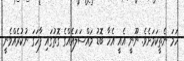
ހަމަ ނެތީކަމަށެވެ. ނޫނީ އެއީ އެހާ ބޮޑު މައްސަލައެއްގެ ގޮތުގައި ފާހަގަ ނުކުރެއްވެނީ